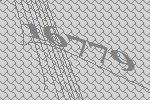
16779